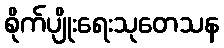
စိုက်ပျိုးရေးသုတေသန